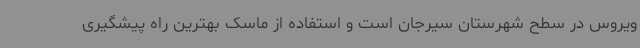
ویروس در سطح شهرستان سیرجان است و استفاده از ماسک بهترین راه پیشگیری